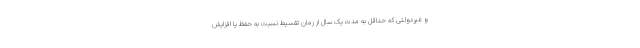
و غیردولتی که حداقل به مدت یک سال از زمان تقسیط نسبت به حفظ یا افزایش